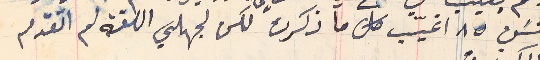
سَن ٨٥ اغيّب كل ما ذكرت لكن لجهلي اللغة لم اتقدم